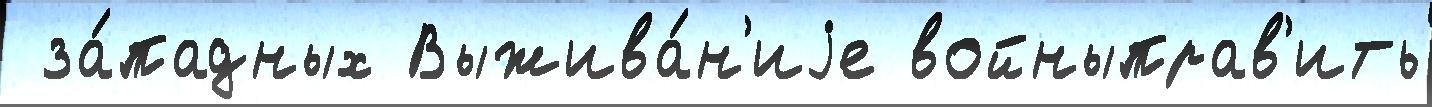
 за́падных Выжива́н'иjе войныправ'ить